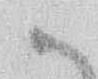
か